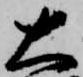
大